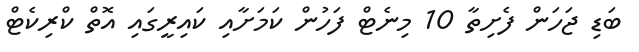
ބަޑި ޖަހަން ފެށިތާ 10 މިނެޓް ފަހުން ކަމަށާއި ކައިރީގައި އޮތް ކްރިކެޓް